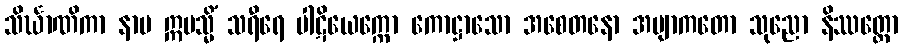
သိင်္ဃာဏိကာ နာမ ဣမသ္မိံ သရီရေ ပါဋိယေက္ကော ကောဋ္ဌာသော အစေတနော အဗျာကတော သုညော နိဿတ္တော